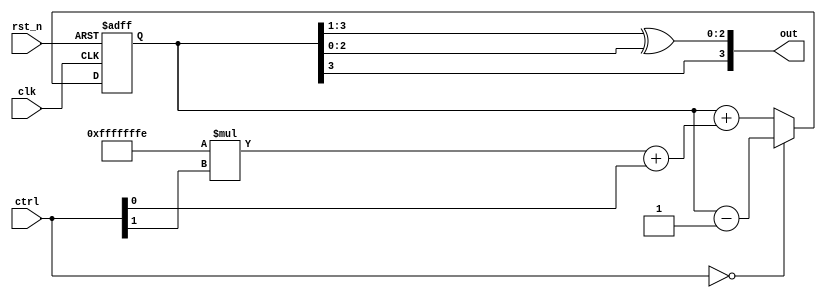
module prj_b 
#(parameter Nc = 2,parameter N = 4)
(input clk,input rst_n, input [Nc-1:0] ctrl, output [N-1:0] out);

reg [N-1:0] i;

always @(posedge clk, negedge rst_n)
	if (rst_n==0) begin
		i<=0;
	end

	else begin
		if (ctrl==0) begin
			i<=i-1;
		end
		else begin
			i<=i+(-(2**(Nc-1))*ctrl[Nc-1]+ctrl[Nc-2:0]);
		end
		
		
	end

assign out = {i[N-1], i[N-1:1] ^ i[N-2:0]};

endmodule